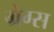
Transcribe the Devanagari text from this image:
ग्रेग्स